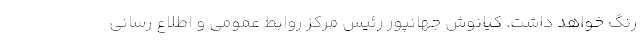
رنگ خواهد داشت. کیانوش جهانپور رئیس مرکز روابط عمومی و اطلاع رسانی